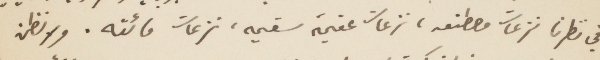
في نظرنا نزعات مصطنعة، نزعات عقيمة سقيمة، نزعات مائته. ولا نظن